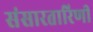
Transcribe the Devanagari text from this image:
संसारतारिणी